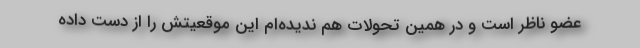
عضو ناظر است و در همین تحولات هم ندیده‌ام این موقعیتش را از دست داده